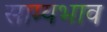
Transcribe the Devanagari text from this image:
साम्यभाव